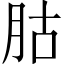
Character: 𦙶